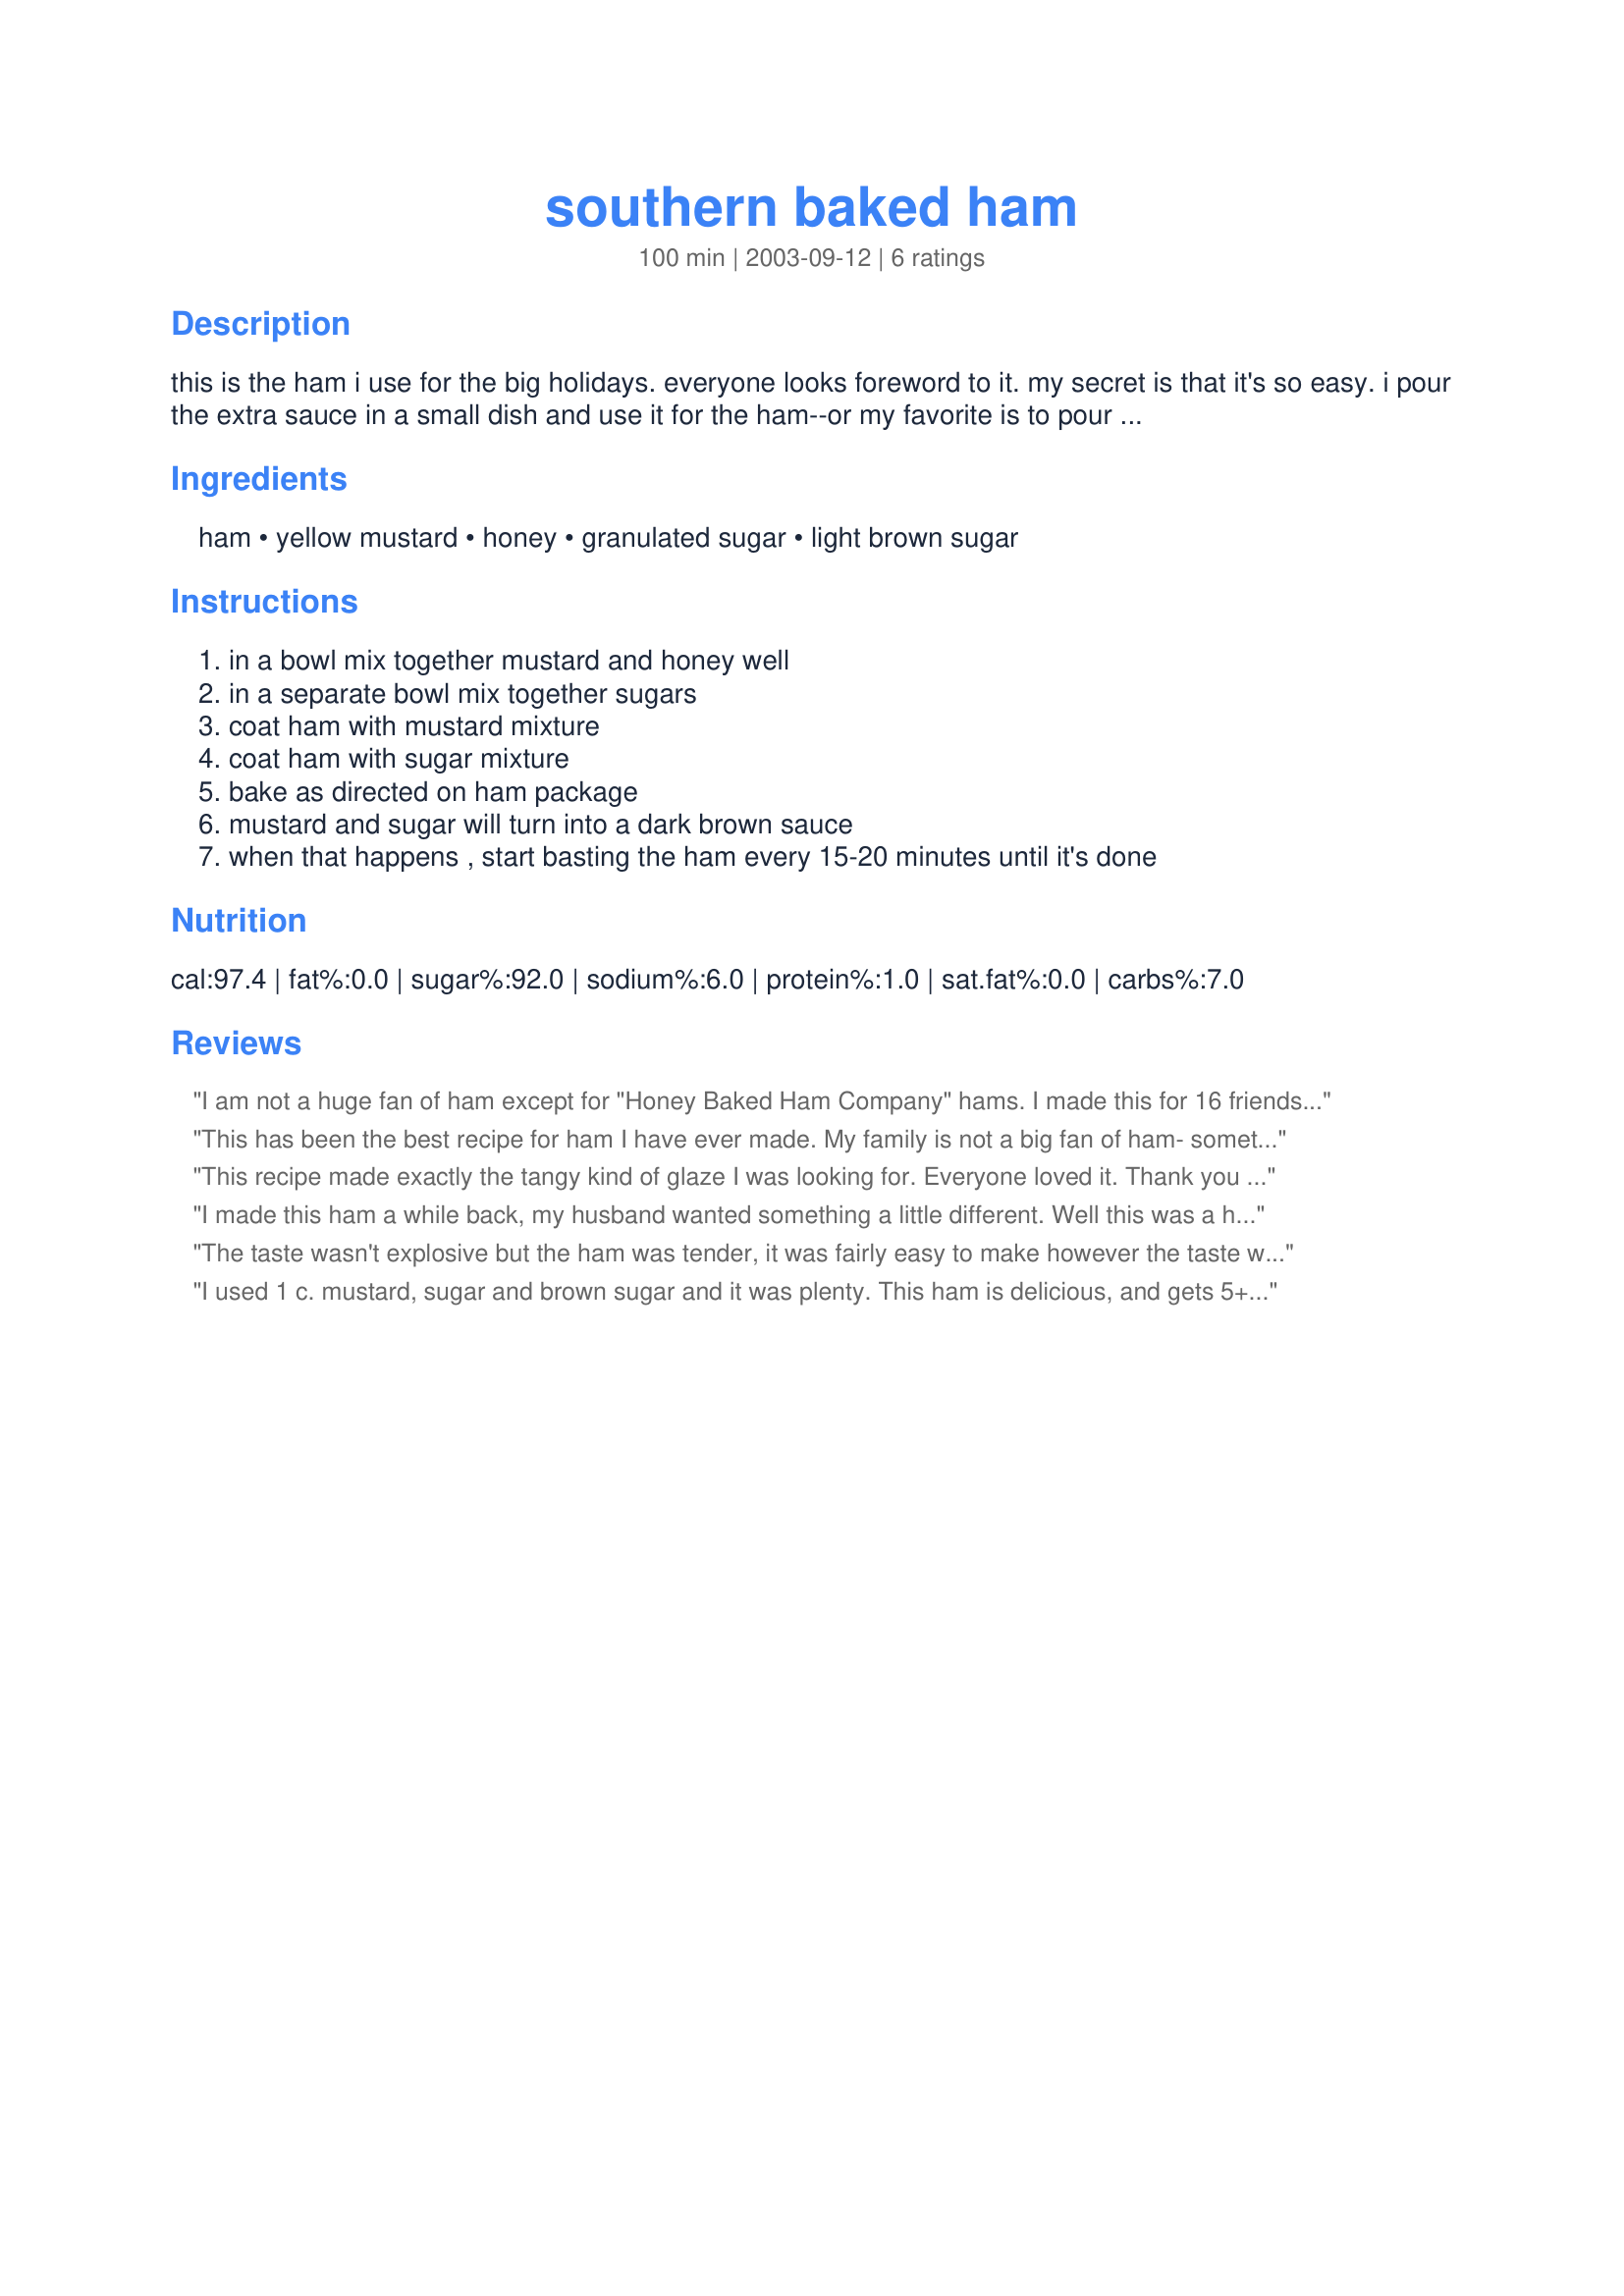
southern baked ham
Preparation time: 100 minutes

this is the ham i use for the big holidays. everyone looks foreword to it. my secret is that it's so easy. i pour the extra sauce in a small dish and use it for the ham--or my favorite is to pour it on homemade mashed potatoes. it's a very sweet sauce!

Ingredients:
ham, yellow mustard, honey, granulated sugar, light brown sugar

Steps:
in a bowl mix together mustard and honey well, in a separate bowl mix together sugars, coat ham with mustard mixture, coat ham with sugar mixture, bake as directed on ham package, mustard and sugar will turn into a dark brown sauce, when that happens , start basting the ham every 15-20 minutes until it's done

Reviews:
I am not a huge fan of ham except for "Honey Baked Ham Company" hams. I made this for 16 friends and family for Easter and it got really rave reviews. The ham was moist and flavorful. I had 18 pounds of ham (2 hams) and had leftover mustard. I would 1/2 the mustard sauce next time, but other than that, not change a thing!
This has been the best recipe for ham I have ever made. My family is not a big fan of ham- something I became aware of AFTER I had already purchased the ham! - but decided to give this recipe a chance. Even my teenage daughter, who recently discovered that she hates ham (along with many other things), declared that she loved this one. I&#039;ll take that as a win!
This recipe made exactly the tangy kind of glaze I was looking for. Everyone loved it. Thank you for posting this recipe! YUM!
I made this ham a while back, my husband wanted something a little different. Well this was a huge hit in our family. I was worried about the amount of mustard in the beginning, but it was just great. Thanks for a #1 recipe.
Grandma T.
The taste wasn't explosive but the ham was tender, it was fairly easy to make however the taste was disappointing. I was looking forward to something a little exotic. It was easy to make.
I used 1 c. mustard, sugar and brown sugar and it was plenty. This ham is delicious, and gets 5+ stars from us!!! DS, DD and myself thought it was the best ham we ever had! The top made a nice glaze and I couldn't leave it alone, as I love that nice crunchy skin. Yum Yum!
